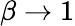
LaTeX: \beta\rightarrow 1